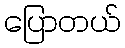
ပြောတယ်